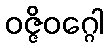
ဝဇ္ဇိဝဂ္ဂေါ